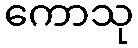
ကောသု